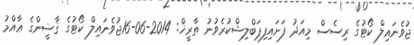
ޖުވެނައިލް ކޯޓުގެ ރިސެސް މިއަދު ފަށައިފިޕަބްލިޝްކުރެވުނު ތާރީޚް: 2014-06-16ޖުވެނައިލް ކޯޓުގެ ޤާޟީންގެ ޢާއްމު